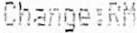
CHANGE:RM